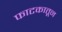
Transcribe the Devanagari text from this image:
फाटकातून